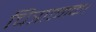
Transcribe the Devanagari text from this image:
चित्रात्मक।